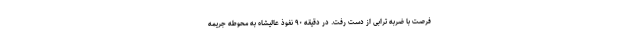
فرصت با ضربه ترابی از دست رفت. در دقیقه ۹۰ نفوذ عالیشاه به محوطه جریمه